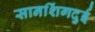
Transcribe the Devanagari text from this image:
सानशिंगदुई